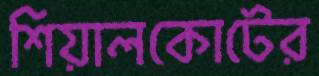
শিয়ালকোটের